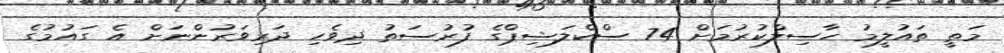
މަތީ ތައުލީމު ހާސިލްކުރުމަށް 74 ސްކްލަޝިޕްގެ ފުރުސަތު ދިވެހި ދަރިވަރުންނަށް އެ ގައުމުގެ